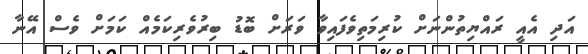
އަދި އެއީ ރައްޔިތުންނަށް ކުރިމަތިވެފައިވާ ވަރަށް ބޮޑު ބިރުވެރިކަމެއް ކަމަށް ވެސް އޭނާ